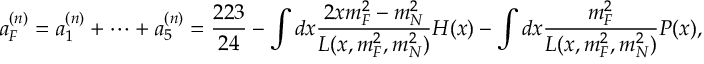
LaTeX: a _ { F } ^ { ( n ) } = a _ { 1 } ^ { ( n ) } + \cdots + a _ { 5 } ^ { ( n ) } = \frac { 2 2 3 } { 2 4 } - \int d x \frac { 2 x m _ { F } ^ { 2 } - m _ { N } ^ { 2 } } { L ( x , m _ { F } ^ { 2 } , m _ { N } ^ { 2 } ) } H ( x ) - \int d x \frac { m _ { F } ^ { 2 } } { L ( x , m _ { F } ^ { 2 } , m _ { N } ^ { 2 } ) } P ( x ) ,